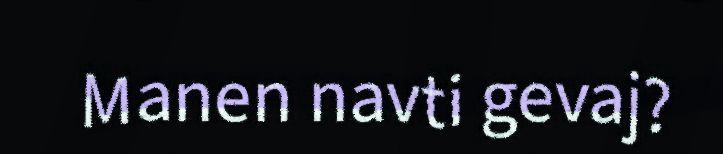
Manen navti gevaj?